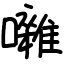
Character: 囃